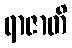
ရာဇာတိ